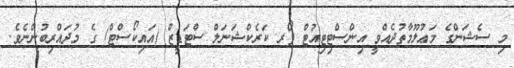
މި ސެޝަންގެ މަޢުލޫމާތުދެއްވީ އިންސްޓިޓިއުޓް ފޯރ ކަރެކްޝަނަލް ސްޓަޑީޒް (އައިކޯސްޓް) ގެ މުދައްރިބުންނެވެ.